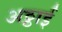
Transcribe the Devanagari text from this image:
अठ्ठाई